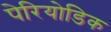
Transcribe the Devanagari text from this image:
पेरियोडिक